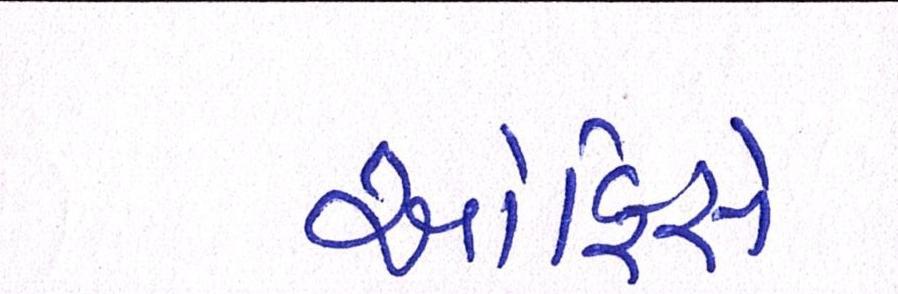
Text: ઓફિસે